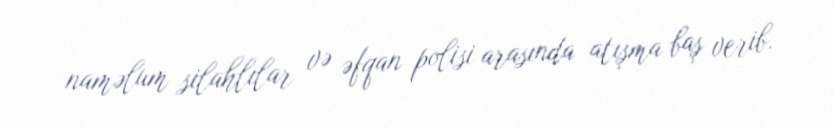
naməlum silahlılar və əfqan polisi arasında atışma baş verib.